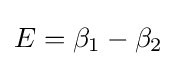
E=\beta _{1}-\beta _{2}